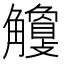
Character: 𧥎